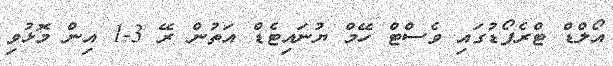
އޯލްޑް ޓްރެފޯޑުގައި ވެސްޓް ހޭމް ޔުނައިޓެޑް އަތުން ރޭ 3-1 އިން މޮޅުވި